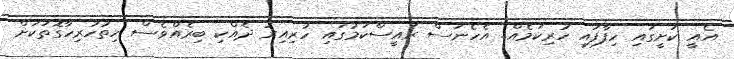
އެއީ ކަށީގައި ހިފާފައި ހުރިކަމެއް.. އެހެނަސް ރައީސްކަމުގައި ހުރިއިރު ދެއްކި ބިރެއްވެސް ހިތުހުރިހާގޮތަކަށް